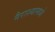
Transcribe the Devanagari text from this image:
नैराश्यामध्ये